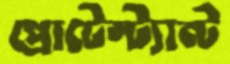
প্রোটেস্ট্যান্ট